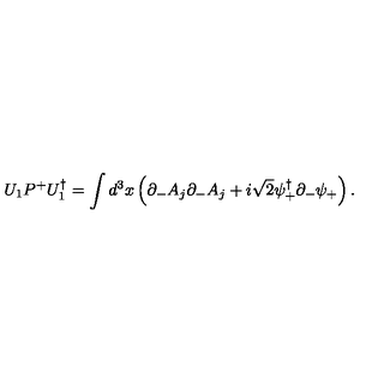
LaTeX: U _ { 1 } P ^ { + } U _ { 1 } ^ { \dagger } = \int d ^ { 3 } x \left( \partial _ { - } A _ { j } \partial _ { - } A _ { j } + i \sqrt { 2 } \psi _ { + } ^ { \dagger } \partial _ { - } \psi _ { + } \right) .